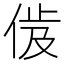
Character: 𬾜